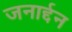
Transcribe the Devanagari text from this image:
जनार्द्दन